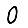
Digit: 0